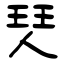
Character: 珡